Vaccination United Provinces of Agra and Oudh 1914-1922 - 1914-1922
Year: 1914
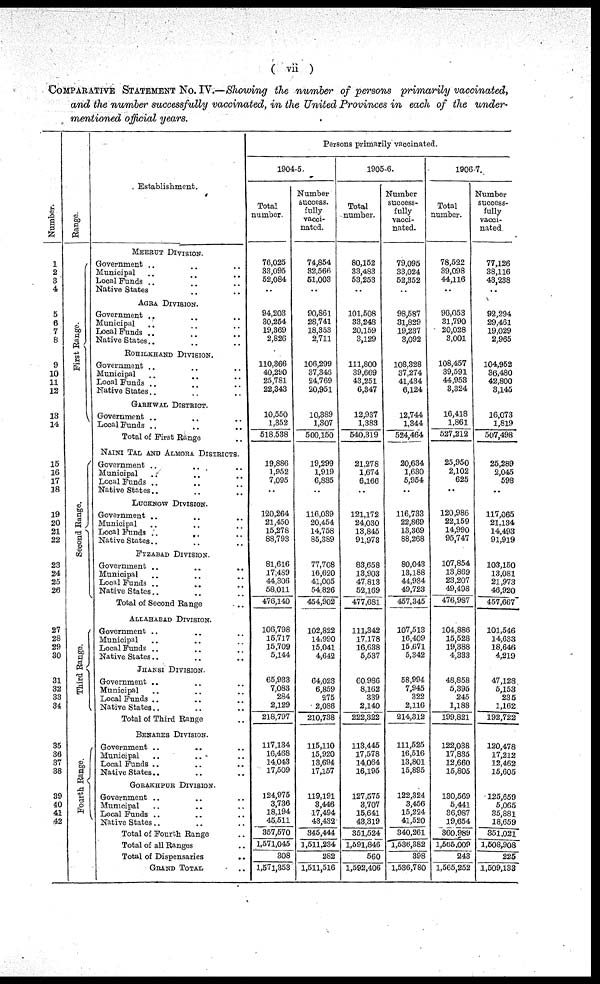
( vii )
COMPARATIVE STATEMENT NO. IV.—Showing the number of persons primarily vaccinated,
and the number successfully vaccinated, in the United Provinces in each of the under-
mentioned official years.
Number.
1
2
3
4
5
6
7
8
9
10
11
12
13
14
15
16
17
18
19
20
21
22
23
24
25
26
27
28
29
30
31
32
33
34
35
36
37
38
39
40
41
42
Range.
First Range.
Second Range.
Third Range.
Fourth Range.
Establishment.
MEERUT DIVISION.
Government .. .. ..
Municipal .. .. ..
Local Funds .. .. ..
Native States
..
..
..
AGRA DIVISION.
Government .. .. ..
Municipal .. .. ..
Local Funds
..
..
..
Native States .. .. ..
ROHILKHAND DIVISION.
Government .. .. ..
Municipal .. .. ..
Local Funds .. .. ..
Native States .. .. ..
GARHWAL DISTRICT.
Government .. .. ..
Local Funds
..
..
..
Total of First Range ..
NAINI TAL AND ALMORA DISTRICTS.
Government .. .. ..
Municipal .. .. ..
Local Funds .. .. ..
Native States .. .. ..
LUCKNOW DIVISION.
Government .. .. ..
Municipal .. .. ..
Local Funds
..
..
..
Native States .. .. ..
FYZABAD DIVISION
Government .. .. ..
Municipal .. .. ..
Local Funds .. .. ..
Native States .. .. ..
Total of Second Range ..
ALLAHABAD DIVISION.
Government .. .. ..
Municipal .. .. ..
Local Funds .. .. ..
Native States .. .. ..
JHANSI DIVISION.
Government .. .. ..
Municipal .. .. ..
Local Funds .. .. ..
Native States .. .. ..
Total of Third Range ..
BENARES DIVISION.
Government .. .. ..
Municipal
..
..
..
Local Funds .. .. ..
Native States .. .. ..
GORAKHPUR DIVISION.
Government .. .. ..
Municipal .. .. ..
Local Funds .. .. ..
Native States .. .. ..
Total of Fourth Range ..
Total of all Ranges ..
Total of Dispensaries
..
GRAND TOTAL ..
Persons primarily vaccinated.
1904-5.
Total
number.
76,025
33,095
52,084
..
94,203
30,254
19,369
2,826
110,366
40,290
25,781
22,343
10,550
1,352
518,538
19,886
1,952
7,095
..
120,264
21,450
15,278
88,793
81,616
17,469
44,306
58,011
476,140
106,798
15,717
15,709
5,144
65,933
7,083
284
2,129
218,797
117,134
16,468
14,043
17,509
124,975
3,736
18,194
45,511
357,570
1,571,045
308
1,571,353
Number
success
fully
vacci-
nated.
74,854
32,566
51,003
..
90,861
28,741
18,353
2,711
106,299
37,343
24,769
20,951
10,389
1,307
500,150
19,299
1,919
6,885
..
116,039
20,454
14,758
85,889
77,708
16,620
41,005
54,826
454,902
102,822
14,990
15,041
4,642
64,023
6,859
275
2,086
210,738
115,110
15,920
13,694
17,157
119,191
3,446
17,494
43,432
345,444
1,511,234
282
1,511,516
1905-6.
Total
number.
80,152
33,483
53,253
..
101,508
33,248
20,159
3,129
111,800
39,669
43,251
6,347
12,937
1,383
540,319
21,278
1,674
6,166
..
121,172
24,030
13,845
91,973
83,658
13,903
47,813
52,169
477,681
111,342
17,178
16,638
5,537
60,986
8,162
339
2,140
222,322
113,445
17,578
14,064
16,195
127,575
3,707
15,641
43,319
351,524
1,591,846
560
1,592,406
Number
success-
fully
vacci-
nated.
79,095
33,024
52,352
..
98,587
31,829
19,237
3,092
108,328
37,274
41,434
6,124
12,744
1,344
524,464
20,634
1,630
5,954
..
116,733
22,869
13,369
88,268
80,043
13,188
44,934
49,723
457,345
107,513
16,409
15,671
5,342
58,994
7,945
322
2,116
214,312
111,525
16,516
13,801
15,895
122,324
3,456
15,224
41,520
340,261
1,536,382
398
1,536,780
1906-7.
Total
number.
78,522
39,098
44,116
..
96,053
31,790
20,028
3,001
108,457
39,591
44,953
3,324
16,418
1,861
527,212
25,950
2,102
625
..
120,986
22,159
14,990
95,747
107,854
13,869
23,207
49,498
476,987
104,886
15,528
19,388
4,333
48,858
5,395
245
1,188
199,821
122,038
17,835
12,660
15,805
130,569
5,441
36,987
19,654
360,989
1,565,009
243
1,565,252
Number
success-
fully
vacci-
nated
77,126
38,116
43,238
..
92,294
29,461
19,029
2,965
104,952
36,480
42,800
3,145
16,073
1,819
507,498
25,289
2,045
598
..
117,065
21,134
14,493
91,919
103,150
13,081
21,973
46,920
457,667
101,546
14,633
18,646
4,219
47,128
5,153
235
1,162
192,722
120,478
17,212
12,462
15,605
125,659
5,065
35,881
18,659
351,021
1,508,908
225
1,509,133